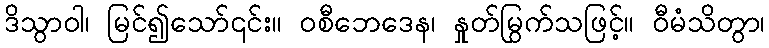
ဒိသွာဝါ၊ မြင်၍သော်၎င်း။ ဝစီဘေဒေန၊ နှုတ်မြွက်သဖြင့်။ ဝီမံသိတွာ၊